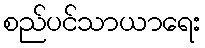
စည်ပင်သာယာရေး